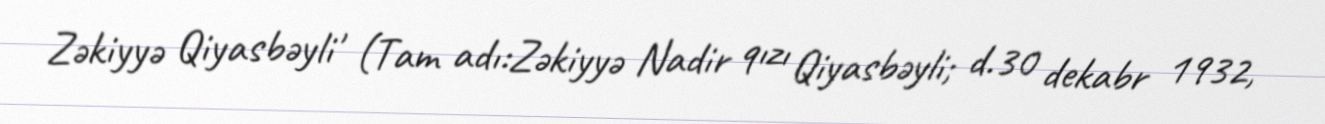
Zəkiyyə Qiyasbəyli' (Tam adı:Zəkiyyə Nadir qızı Qiyasbəyli; d.30 dekabr 1932,